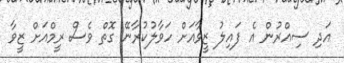
އަދި ސިއްރުން އެ ފައިލު ޒީވާއަށް ހަވާލުކުރާނޭ ގޮތް ވެސް ރީމްއަށް ޒީވާ